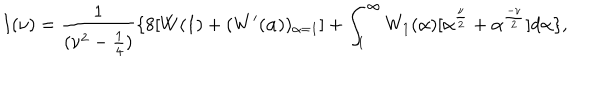
I ( \nu ) = \frac { 1 } { ( \nu ^ { 2 } - \frac { 1 } { 4 } ) } \{ 8 [ W ( 1 ) + ( W ^ { \prime } ( \alpha ) ) _ { \alpha = 1 } ] + \int _ { 1 } ^ { \infty } W _ { 1 } ( \alpha ) [ \alpha ^ { \frac { \nu } { 2 } } + \alpha ^ { \frac { - \nu } { 2 } } ] d \alpha \} ,